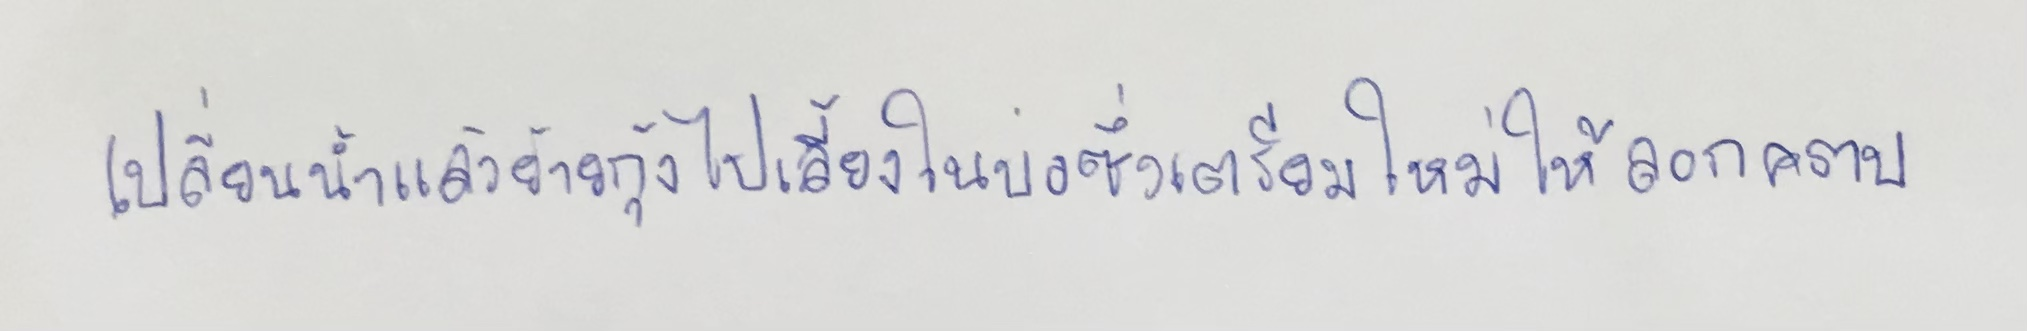
เปลี่ยนน้ำแล้วย้ายกุ้งไปเลี้ยงในบ่อซึ่งเตรียมใหม่ให้ลอกคราบ